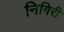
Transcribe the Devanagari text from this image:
निगिरी